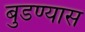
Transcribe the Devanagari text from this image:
बुडण्यास